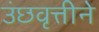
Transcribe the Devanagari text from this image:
उंछवृत्तीने